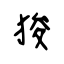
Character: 狻